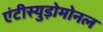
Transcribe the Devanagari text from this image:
एंटीस्युड़ोमोनल